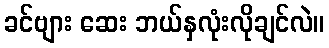
ခင်ဗျား ဆေး ဘယ်နှလုံးလိုချင်လဲ။